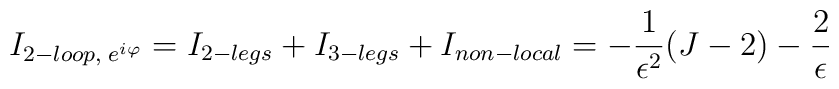
I_{2-loop,\;e^{i\varphi}}=I_{2-legs}+I_{3-legs}+I_{non-local}=-{1\over\epsilon^2}(J-2)-{2\over\epsilon}